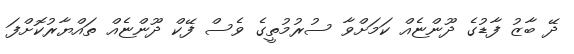
ދޭ ބާޒު ފާޑުގެ ދޫންޏެއް ކަމަށްވާ ސުރުމުތީގެ ވެސް ފޭކް ދޫންޏެއް ތައްޔާރުކޮށްފަ